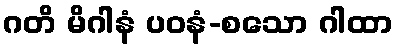
ဂတိ မိဂါနံ ပဝနံ-စသော ဂါထာ